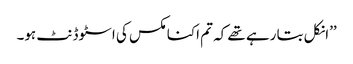
’’انکل بتا رہے تھے کہ تم اکنامکس کی اسٹوڈنٹ ہو۔